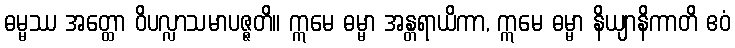
ဓမ္မဿ အတ္ထော ဝိပလ္လာသမာပဇ္ဇတိ။ ဣမေ ဓမ္မာ အန္တရာယိကာ, ဣမေ ဓမ္မာ နိယျာနိကာတိ ဧဝံ